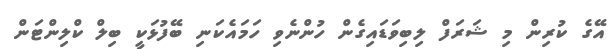
އޭގެ ކުރިން މި ޝަރަފް ލިބިވަޑައިގެން ހުންނެވި ހަމައެކަނި ބޭފުޅަކީ ބިލް ކްލިންޓަން